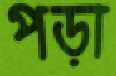
পড়া